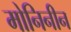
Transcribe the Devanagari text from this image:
मोनिनीन